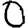
Digit: 0